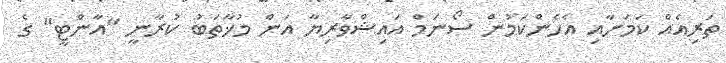
ތަރިއެއް ކަމަށާއި އެހެންކަމުން ސޯނަމް އައިޝްވާރިޔާ އަން މުޚާތަބު ކުރާނީ "އާންޓީ" ގެ